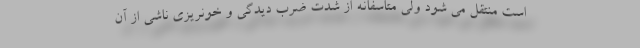
است منتقل می شود ولی متاسفانه از شدت ضرب دیدگی و خونریزی ناشی از آن